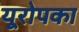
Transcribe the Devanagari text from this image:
यूरोपका